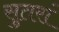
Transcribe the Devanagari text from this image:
सुतरां